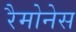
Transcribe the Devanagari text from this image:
रैमोनेस